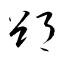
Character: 郤